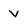
Character: v